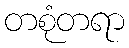
တစုံတရာ